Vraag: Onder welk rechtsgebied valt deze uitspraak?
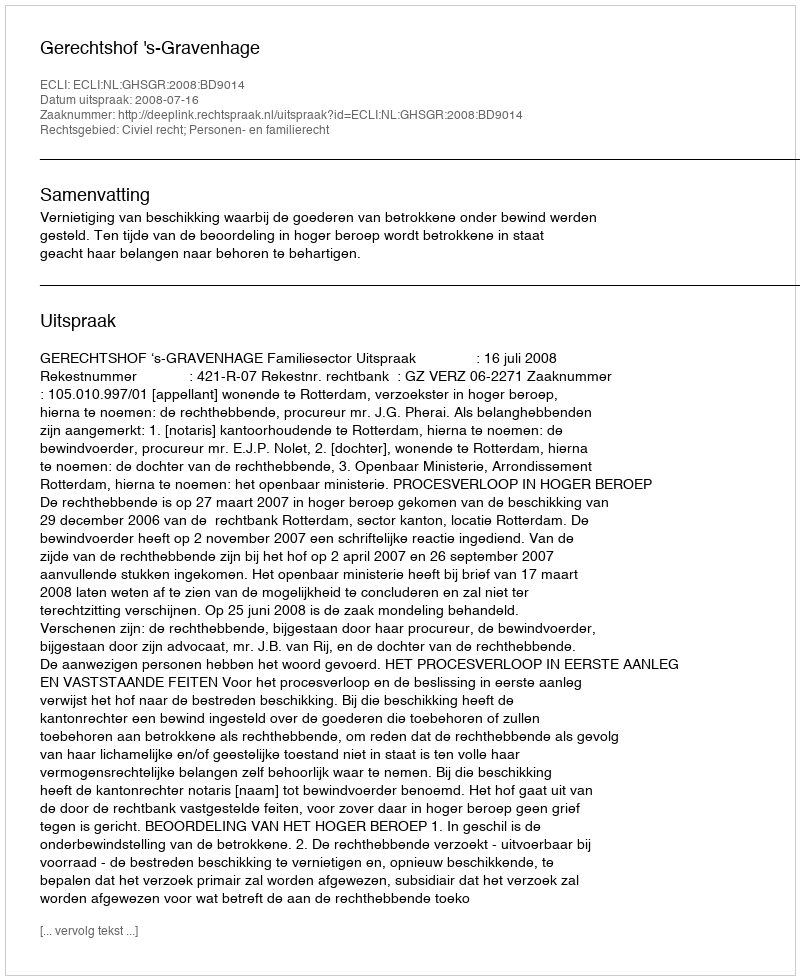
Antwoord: Civiel recht; Personen- en familierecht